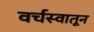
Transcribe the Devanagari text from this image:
वर्चस्वातून